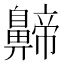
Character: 𪖰